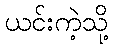
ယင်းကဲ့သို့